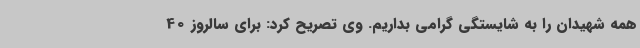
همه شهیدان را به شایستگی گرامی بداریم. وی تصریح کرد: برای سالروز 40